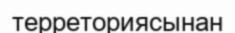
терреториясынан